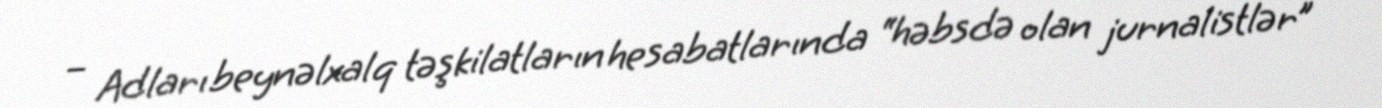
– Adları beynəlxalq təşkilatların hesabatlarında “həbsdə olan jurnalistlər”